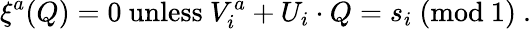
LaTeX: \xi^{a}(Q)=0~{\mathrm{unless}}~V_{i}^{a}+U_{i}\cdot Q=s_{i}~({\mathrm{mod}}~1)~.